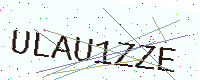
Text: ULAU1ZZE